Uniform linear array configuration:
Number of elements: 4
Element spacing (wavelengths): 0.25
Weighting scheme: kaiser
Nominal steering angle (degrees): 0
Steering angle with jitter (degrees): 1.023
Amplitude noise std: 0.05
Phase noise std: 0.05

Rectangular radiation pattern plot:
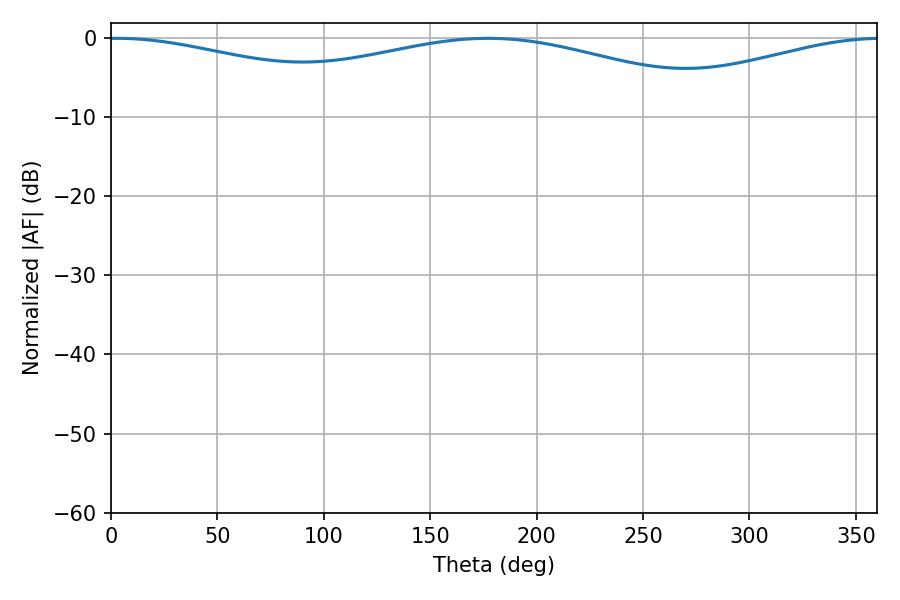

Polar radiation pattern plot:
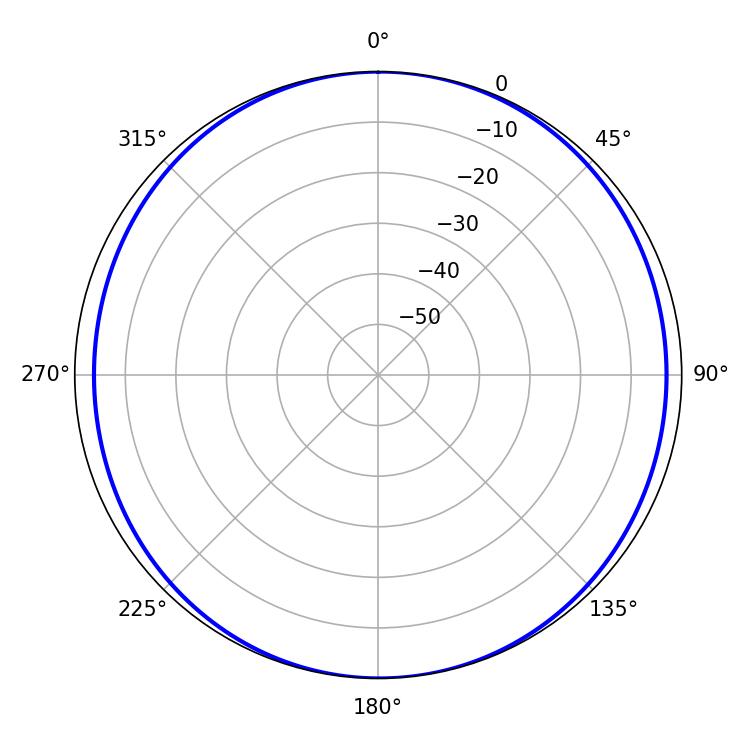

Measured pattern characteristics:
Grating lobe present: FALSE
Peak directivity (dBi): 11.164
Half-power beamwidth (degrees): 243.36
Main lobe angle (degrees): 2.88